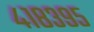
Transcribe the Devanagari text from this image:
४१८३९५